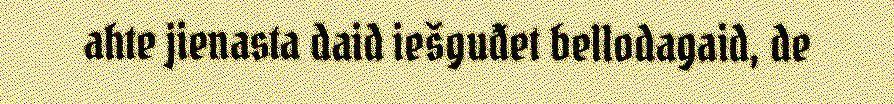
ahte jienasta daid iešguđet bellodagaid, de